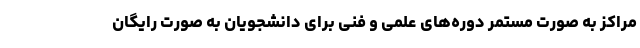
مراکز به صورت مستمر دوره‌های علمی و فنی برای دانشجویان به صورت رایگان